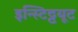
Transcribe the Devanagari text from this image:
इन्स्टिट्टयूट